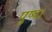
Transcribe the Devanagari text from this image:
पुष्प।